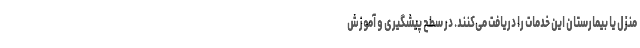
منزل یا بیمارستان این خدمات را دریافت می‌کنند. در سطح پیشگیری ‌و آموزش